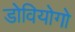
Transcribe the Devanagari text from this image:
डोवियोगो